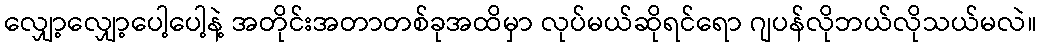
လျှော့လျှော့ပေါ့ပေါ့နဲ့ အတိုင်းအတာတစ်ခုအထိမှာ လုပ်မယ်ဆိုရင်ရော ဂျပန်လိုဘယ်လိုသယ်မလဲ။